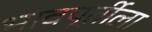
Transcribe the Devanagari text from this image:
भावपूर्तीला